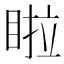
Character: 𭾺